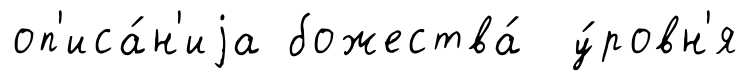
оп'иса́н'иjа божества́ у́ровн'я